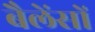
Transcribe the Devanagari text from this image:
बैलेंसों